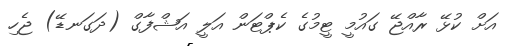
އަށް ކުޅޭ ރާއްޖޭ ގައުމީ ޓީމުގެ ކެޕްޓަން އަލީ އަޝްފާގް (ދަގަނޑޭ) ޖެހި